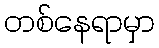
တစ်နေရာမှာ